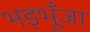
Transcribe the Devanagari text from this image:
भड़भूँजा